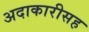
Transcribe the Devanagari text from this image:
अदाकारीसह